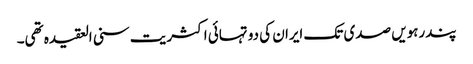
پندرہویں صدی تک ایران کی دو تہائی اکثریت سنی العقیدہ تھی۔